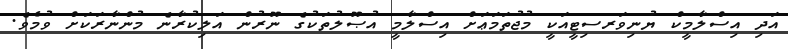
އަދި އިސްލާމީކް ޔުނިވަރސިޓީއަކީ މުޖުތަމަޢަށް އިސްލާމީ އުޞޫލުތަކުގެ ނޫރުން އަލިކުރާނެ މުންނާރަކަށް ވުމެވެ.